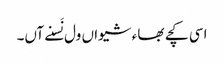
اسی کچے بھاء شیواں ول نَسنے آں۔